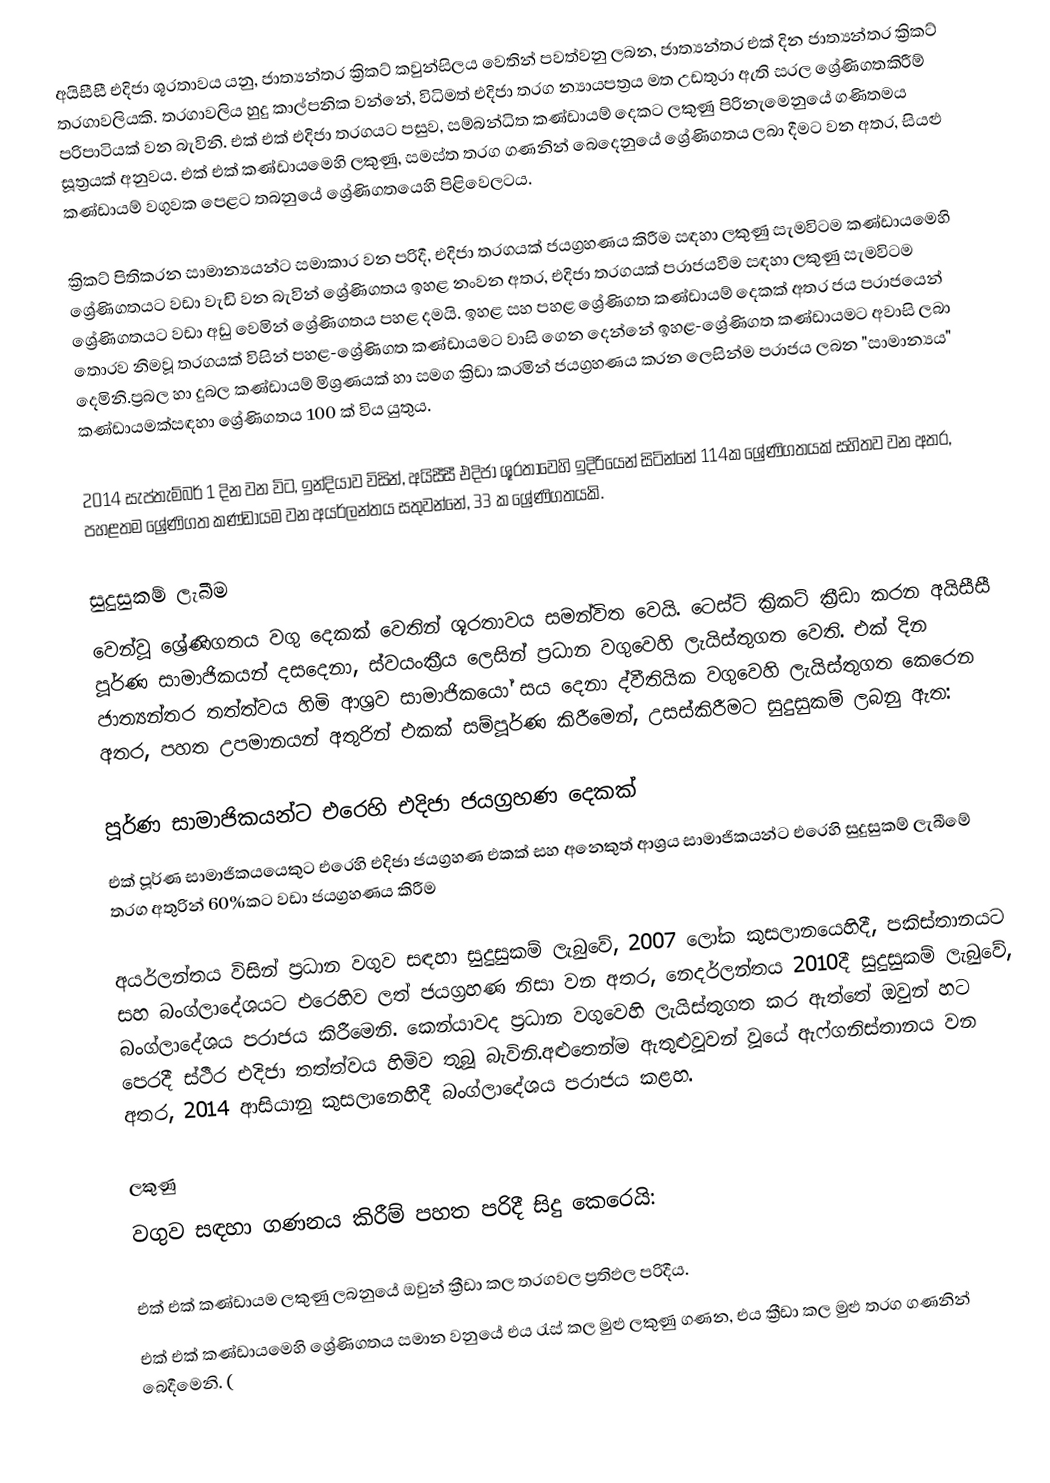
අයිසීසී එදිජා ශූරතාවය යනු,  ජාත්‍යන්තර ක්‍රිකට් කවුන්සිලය වෙතින් පවත්වනු ලබන, ජාත්‍යන්තර එක් දින ජාත්‍යන්තර ක්‍රිකට් තරගාවලියකි. තරගාවලිය හුදු කාල්පනික වන්නේ, විධිමත් එදිජා තරග න්‍යායපත්‍රය මත උඩතුරා ඇති සරල ශ්‍රේණිගතකිරීම් පරිපාටියක් වන බැවිනි. එක් එක් එදිජා තරගයට පසුව, සම්බන්ධිත කණ්ඩායම් දෙකට ලකුණු පිරිනැමෙනුයේ ගණිතමය සූත්‍රයක් අනුවය. එක් එක් කණ්ඩායමෙහි ලකුණු, සමස්ත තරග ගණනින් බෙදෙනුයේ ශ්‍රේණිගතය ලබා දීමට වන අතර, සියළු කණ්ඩායම් වගුවක පෙළට තබනුයේ ශ්‍රේණිගතයෙහි පිළිවෙලටය.

ක්‍රිකට් පිතිකරන සාමාන්‍යයන්ට සමාකාර වන පරිදී, එදිජා තරගයක් ජයග්‍රහණය කිරීම සඳහා ලකුණු සැමවිටම කණ්ඩායමෙහි   ශ්‍රේණිගතයට වඩා වැඩි වන බැවින් ශ්‍රේණිගතය ඉහළ නංවන අතර, එදිජා තරගයක් පරාජයවීම සඳහා ලකුණු සැමවිටම ශ්‍රේණිගතයට වඩා අඩු වෙමින් ශ්‍රේණිගතය පහළ දමයි. ඉහළ සහ පහළ ශ්‍රේණිගත කණ්ඩායම් දෙකක් අතර ජය පරාජයෙන් තොරව නිමවූ තරගයක් විසින් පහළ-ශ්‍රේණිගත කණ්ඩායමට වාසි ගෙන දෙන්නේ ඉහළ-ශ්‍රේණිගත කණ්ඩායමට අවාසි ලබා දෙමිනි.ප්‍රබල හා දුබල කණ්ඩායම් මිශ්‍රණයක් හා සමග ක්‍රිඩා කරමින් ජයග්‍රහණය කරන ලෙසින්ම පරාජය ලබන  "සාමාන්‍යය" කණ්ඩායමක්සඳහා ශ්‍රේණිගතය 100 ක් විය යුතුය.

2014 සැප්තැම්බර් 1 දින වන විට, ඉන්දියාව විසින්, අයිසීසී එදිජා ශූරතාවෙහි ඉදිරියෙන් සිටින්නේ 114ක ශ්‍රේණිගතයක් සහිතව වන අතර, පහළතම ශ්‍රේණිගත කණ්ඩායම වන  අයර්ලන්තය සතුවන්නේ,   33 ක ශ්‍රේණිගතයකි.

සුදුසුකම් ලැබීම
වෙන්වූ ශ්‍රේණිගතය වගු දෙකක් වෙතින් ශූරතාවය සමන්විත වෙයි. ටෙස්ට් ක්‍රිකට් ක්‍රීඩා කරන අයිසීසී පූර්ණ සාමාජිකයන් දසදෙනා, ස්වයංක්‍රීය ලෙසින් ප්‍රධාන වගුවෙහි ලැයිස්තුගත වෙති. එක් දින ජාත්‍යන්තර තත්ත්වය හිමි ආශ්‍රව සාමාජිකයෝ සය දෙනා ද්වීතියික වගුවෙහි ලැයිස්තුගත කෙරෙන අතර, පහත උපමානයන් අතුරින් එකක් සම්පූර්ණ කිරීමෙන්, උසස්කිරීමට සුදුසුකම් ලබනු ඇත:

 පූර්ණ සාමාජිකයන්ට එරෙහි එදිජා ජයග්‍රහණ දෙකක්
 එක් පූර්ණ සාමාජිකයයෙකුට එරෙහි එදිජා ජයග්‍රහණ එකක් සහ අනෙකුත් ආශ්‍රය සාමාජිකයන්ට එරෙහි සුදුසුකම් ලැබීමේ තරග අතුරින් 60%කට වඩා ජයග්‍රහණය කිරීම

අයර්ලන්තය විසින් ප්‍රධාන වගුව සඳහා සුදුසුකම් ලැබුවේ, 2007 ලෝක කුසලානයෙහිදී, පකිස්තානයට සහ බංග්ලාදේශයට එරෙහිව ලත් ජයග්‍රහණ නිසා වන අතර, නෙදර්ලන්තය 2010දී සුදුසුකම් ලැබුවේ,  බංග්ලාදේශය පරාජය කිරීමෙනි. කෙන්යාවද ප්‍රධාන වගුවෙහි ලැයිස්තුගත කර ඇත්තේ ඔවුන් හට පෙරදී ස්ථීර එදිජා තත්ත්වය හිමිව තුබූ බැවිනි.අළුතෙන්ම ඇතුළුවූවන් වූයේ ඇෆ්ගනිස්තානය වන අතර, 2014 ආසියානු කුසලානෙහිදී බංග්ලාදේශය පරාජය කළහ.

ලකුණු
වගුව සඳහා ගණනය කිරීම් පහත පරිදී සිදු කෙරෙයි:

  එක් එක් කණ්ඩායම ලකුණු ලබනුයේ ඔවුන් ක්‍රීඩා කල තරගවල ප්‍රතිඵල පරිදීය.
 එක් එක් කණ්ඩායමෙහි ශ්‍රේණිගතය සමාන වනුයේ එය රැස් කල  මුළු ලකුණු ගණන, එය ක්‍රීඩා කල මුළු තරග ගණනින් බෙදීමෙනි. (